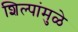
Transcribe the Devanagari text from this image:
शिल्पांमुळे